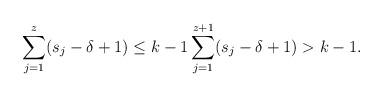
LaTeX: \begin{align*}\sum_{j=1}^{z} (s_j-\delta+1) \leq k-1 \sum_{j=1}^{z+1} (s_j-\delta+1) > k-1.\end{align*}